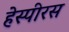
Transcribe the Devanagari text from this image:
हेस्पीरस